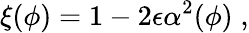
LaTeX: \xi(\phi)=1-2\epsilon\alpha^{2}(\phi)\; ,